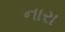
નારા